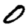
Digit: 0